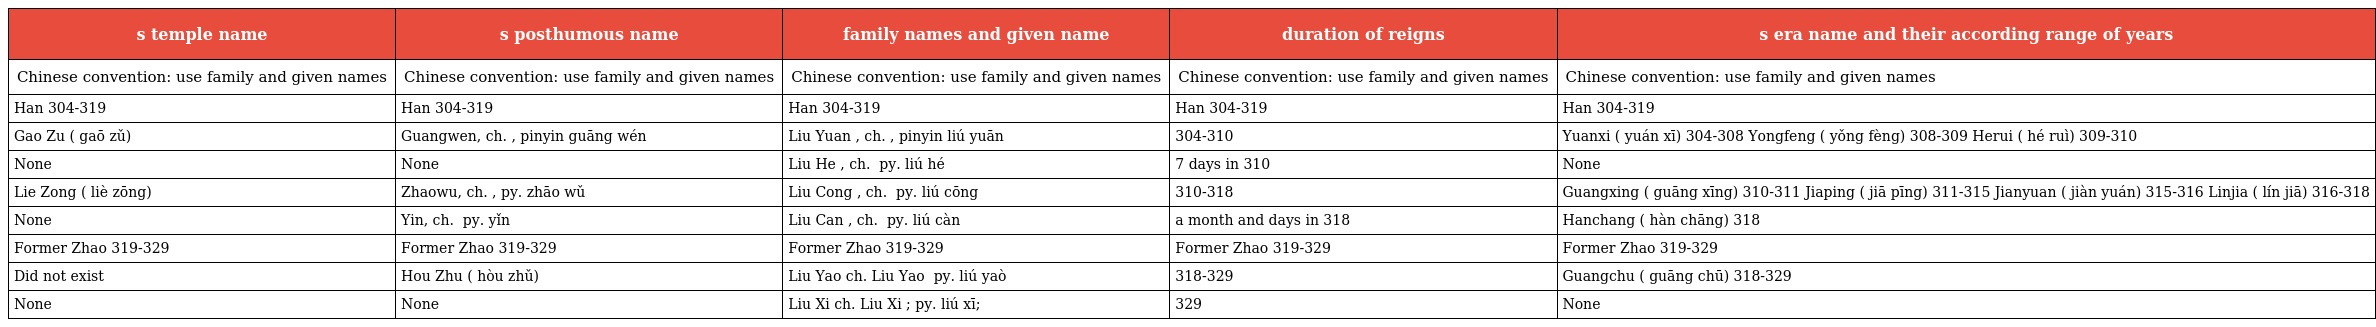
| s temple name | s posthumous name | family names and given name | duration of reigns | s era name and their according range of years |
 | --- | --- | --- | --- | --- |
 | Chinese convention: use family and given names | Chinese convention: use family and given names | Chinese convention: use family and given names | Chinese convention: use family and given names | Chinese convention: use family and given names |
 | Han 304-319 | Han 304-319 | Han 304-319 | Han 304-319 | Han 304-319 |
 | Gao Zu (高祖 gaō zǔ) | Guangwen, ch. 光文, pinyin guāng wén | Liu Yuan , ch. 劉淵, pinyin liú yuān | 304-310 | Yuanxi (元熙 yuán xī) 304-308 Yongfeng (永鳳 yǒng fèng) 308-309 Herui (河瑞 hé ruì) 309-310 |
 | None | None | Liu He , ch. 劉和 py. liú hé | 7 days in 310 | None |
 | Lie Zong (烈宗 liè zōng) | Zhaowu, ch. 昭武, py. zhāo wǔ | Liu Cong , ch. 劉聰 py. liú cōng | 310-318 | Guangxing (光興 guāng xīng) 310-311 Jiaping (嘉平 jiā pīng) 311-315 Jianyuan (建元 jiàn yuán) 315-316 Linjia (麟嘉 lín jiā) 316-318 |
 | None | Yin, ch. 隱 py. yǐn | Liu Can , ch. 劉粲 py. liú càn | a month and days in 318 | Hanchang (漢昌 hàn chāng) 318 |
 | Former Zhao 319-329 | Former Zhao 319-329 | Former Zhao 319-329 | Former Zhao 319-329 | Former Zhao 319-329 |
 | Did not exist | Hou Zhu (後主 hòu zhǔ) | Liu Yao ch. Liu Yao 劉曜 py. liú yaò | 318-329 | Guangchu (光初 guāng chū) 318-329 |
 | None | None | Liu Xi ch. Liu Xi 劉熙; py. liú xī; | 329 | None |